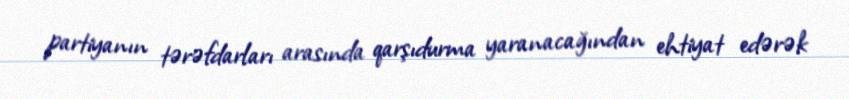
partiyanın tərəfdarları arasında qarşıdurma yaranacağından ehtiyat edərək